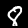
Digit: 8